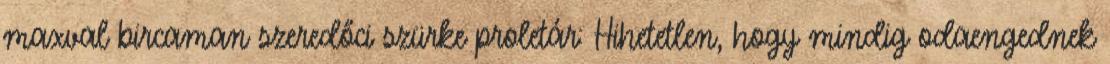
maxval bircaman szeredőci szürke proletár: Hihetetlen, hogy mindig odaengednek